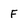
Character: F